Leprosy in India: report of the Leprosy Commission in India, 1890-91
Year: 1890
Disease focus: Leprosy
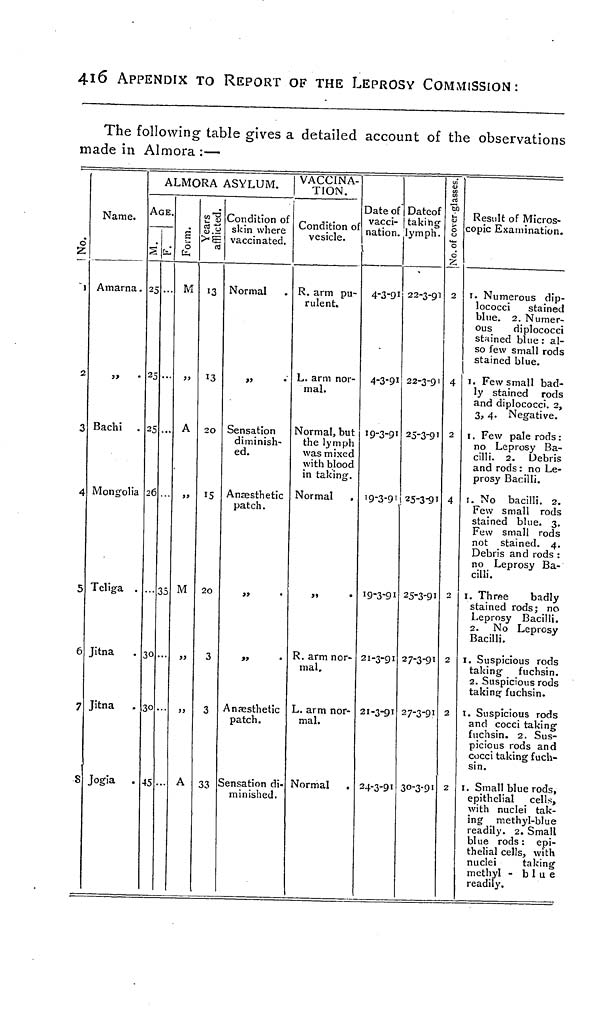
416 APPENDIX TO REPORT OF THE LEPROSY COMMISSION:
The following table gives a detailed account of the observations
made in Almora :—
o
Z
J
2
3
4
5
6
7
S
Name.
Amarna.
Bachi .
Mongolia
Teliga .
Jitna
Jitna
Jogia .
ALMORA ASYLUM.
AGE.
S lima
25
25
25
26
30
30
45
35
S
I
M
>>
A
)>
M
}>
A
e*S
3. a
13
13
2O
IS
20
3
3
33
Condition of
skin where
vaccinated.
Normal
Sensation
diminish-
ed.
Anaesthetic
patch.
>»
•
>*
•
Anaesthetic
patch.
Sensation di-
minished.
VACCINA-
TION.
Condition of
vesicle.
R. arm pu-
rulent.
L. arm nor-
mal.
Normal, but
the lymph
was mixed
with blood
in taking.
Normal .
R. arm nor-
mal.
L. arm nor-
mal.
Normal .
Date of'
vacci-
nation.
4-3-91
4-3-9 1
19-3-91
19-3-91
19-3-91
21-3-91
21-3-91
24-3-9 •
Dateof
taking
ymph.
22-3-91
22-3-9 '
25-3-91
25-3-91
25-3-91
27-3-91
27-3-91
30-3-91
1 "3>
0
"S
0
2
4
2
4
2
2
2
2
Result of Micros-
copic Examination.
1. Numerous dip-
lococci
stained
blue. 2. Numer-
ous
diplococci
stained blue : al-
so few small rods
stained blue.
1. Few small bad-
ly stained rods
and diplococci. 2,
3, 4. Negative.
1. Few pale rods :
no Leprosy Ba-
cilli. 2. Debris
and rods : no Le-
prosy Bacilli.
1. No bacilli. 2.
Few small rods
stained blue. 3.
Few small rods
not stained. 4.
Debris and rods :
no Leprosy Ba-
cilli.
1. Three
badly
stained rodsj no
Leprosy Bacilli.
2. No Leprosy
Bacilli.
1. Suspicious rods
taking fuchsin.
2. Suspicious rods
taking fuchsin.
1. Suspicious rods
and cocci taking
fuchsin. 2. Sus-
picious rods and
cocci taking fuch-
sin.
1. Small blue rods,
epithelial cell';,
with nuclei tak-
ing methyl-blue
readily. 2. Small
blue rods : epi-
thelial cells, with
nuclei
taking
methyl - blue
readily.